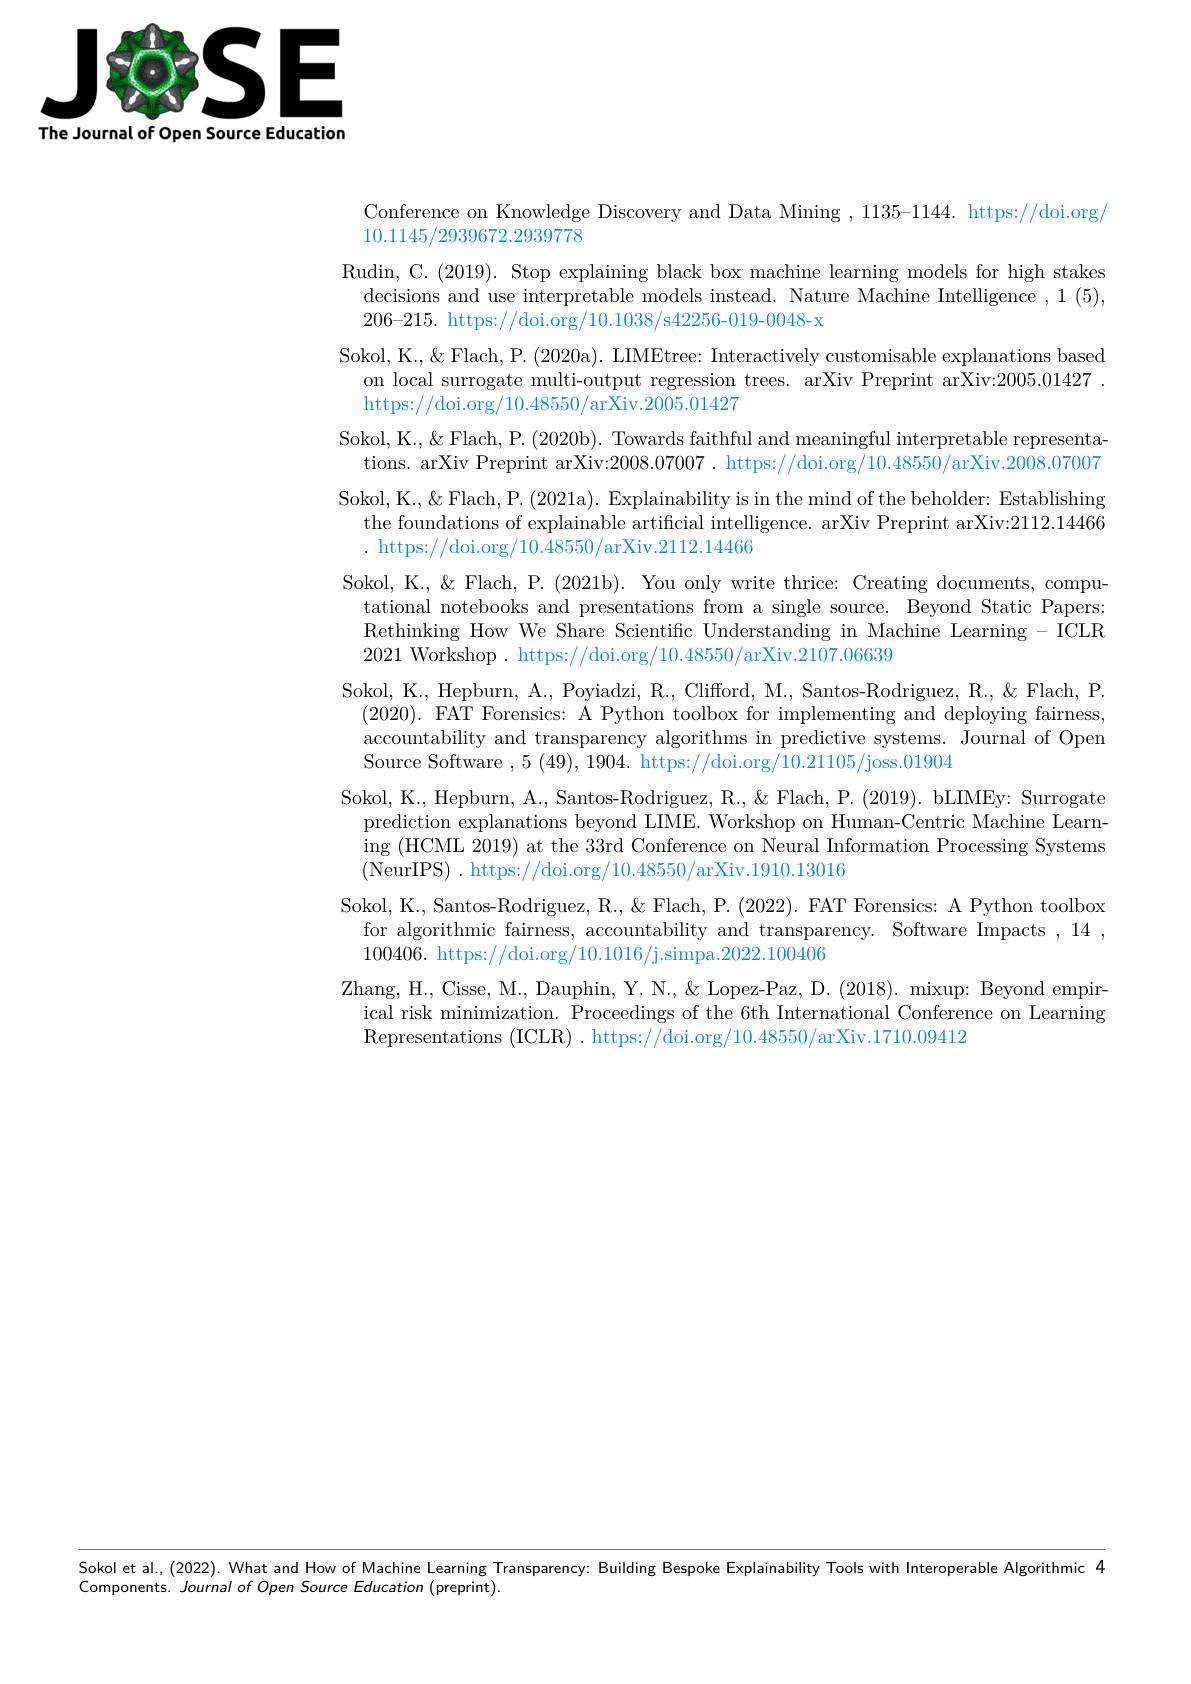
<FigureHere>
The Journal of Open Source Education

Conference on Knowledge Discovery and Data Mining , 1135-1144. https://doi.org/
10.1145/2939672.2939778
Rudin, C. (2019). Stop explaining black box machine learning models for high stakes
decisions and use interpretable models instead. Nature Machine Intelligence ,1(5),
206-215. https://doi.org/10.1038/s42256-019-0048-x
Sokol, K., \& Flach, P. (2020a). LIMEtree: Interactively customisable explanations based
on local surrogate multi-output regression trees. arXiv Preprint arXiv:2005.01427 .
https://doi.org/10.48550/arXiv.2005.01427
Sokol, K., \& Flach, P. (2020b). Towards faithful and meaningful interpretable representa-
tions. arXiv Preprint arXiv:2008.07007. https://doi.org/10.48550/arXiv.2008.07007 Sokol, K., \& Flach, P. (2021a). Explainability is in the mind of the beholder: Establishing
the foundations of explainab
. https://doi.org/10.48
Sokol, K., \& Flach, P. (2021
tational notebooks and prese Rethinking How We Share Scie 2021 Workshop. https://doi
Sokol, K., Hepburn, A., Poyi (2020). FAT Forensics: A P accountability and transpare Source Software ,5 (49), 1
Sokol, K., Hepburn, A., Sant prediction explanations beyo ing (HCML 2019) at the 33rd ( NeurIPS) . https: / / doi. or
Sokol, K., Santos-Rodriguez, R., \& Flach, P. (2022). FAT Forensics: A Python toolbox
for algorithmic fairness, accountability and transparency. Software Impacts ,14 ,
100406. https://doi.org/10
Zhang, H., Cisse, M., Dauphin, Y. N., & Lopez-Paz, D. (2018). mixup: Beyond empir-
ical risk minimization. Proceedings of the 6th International Conference on Learning
Representations (ICLR) . https://doi.org/10.48550/arXiv.1710.09412

Sokol et al.(2022). What and How of Machine Learning Transparency: Building Bespoke Explainability Tools with Interoperable Algorithmic 4

Components. Journal of Open Source Education (preprint).